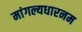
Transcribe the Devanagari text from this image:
मांगल्यधारनम